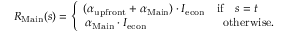
R _ { \mathrm { M a i n } } ( s ) = \left\{ \begin{array} { l l } { ( \alpha _ { \mathrm { u p f r o n t } } + \alpha _ { \mathrm { M a i n } } ) \cdot I _ { \mathrm { e c o n } } \quad \mathrm { i f } \quad s = t } \\ { \, \alpha _ { \mathrm { M a i n } } \cdot I _ { \mathrm { e c o n } } \quad \quad \quad \quad \quad \quad \, \, \, \mathrm { o t h e r w i s e } . } \end{array} \right.